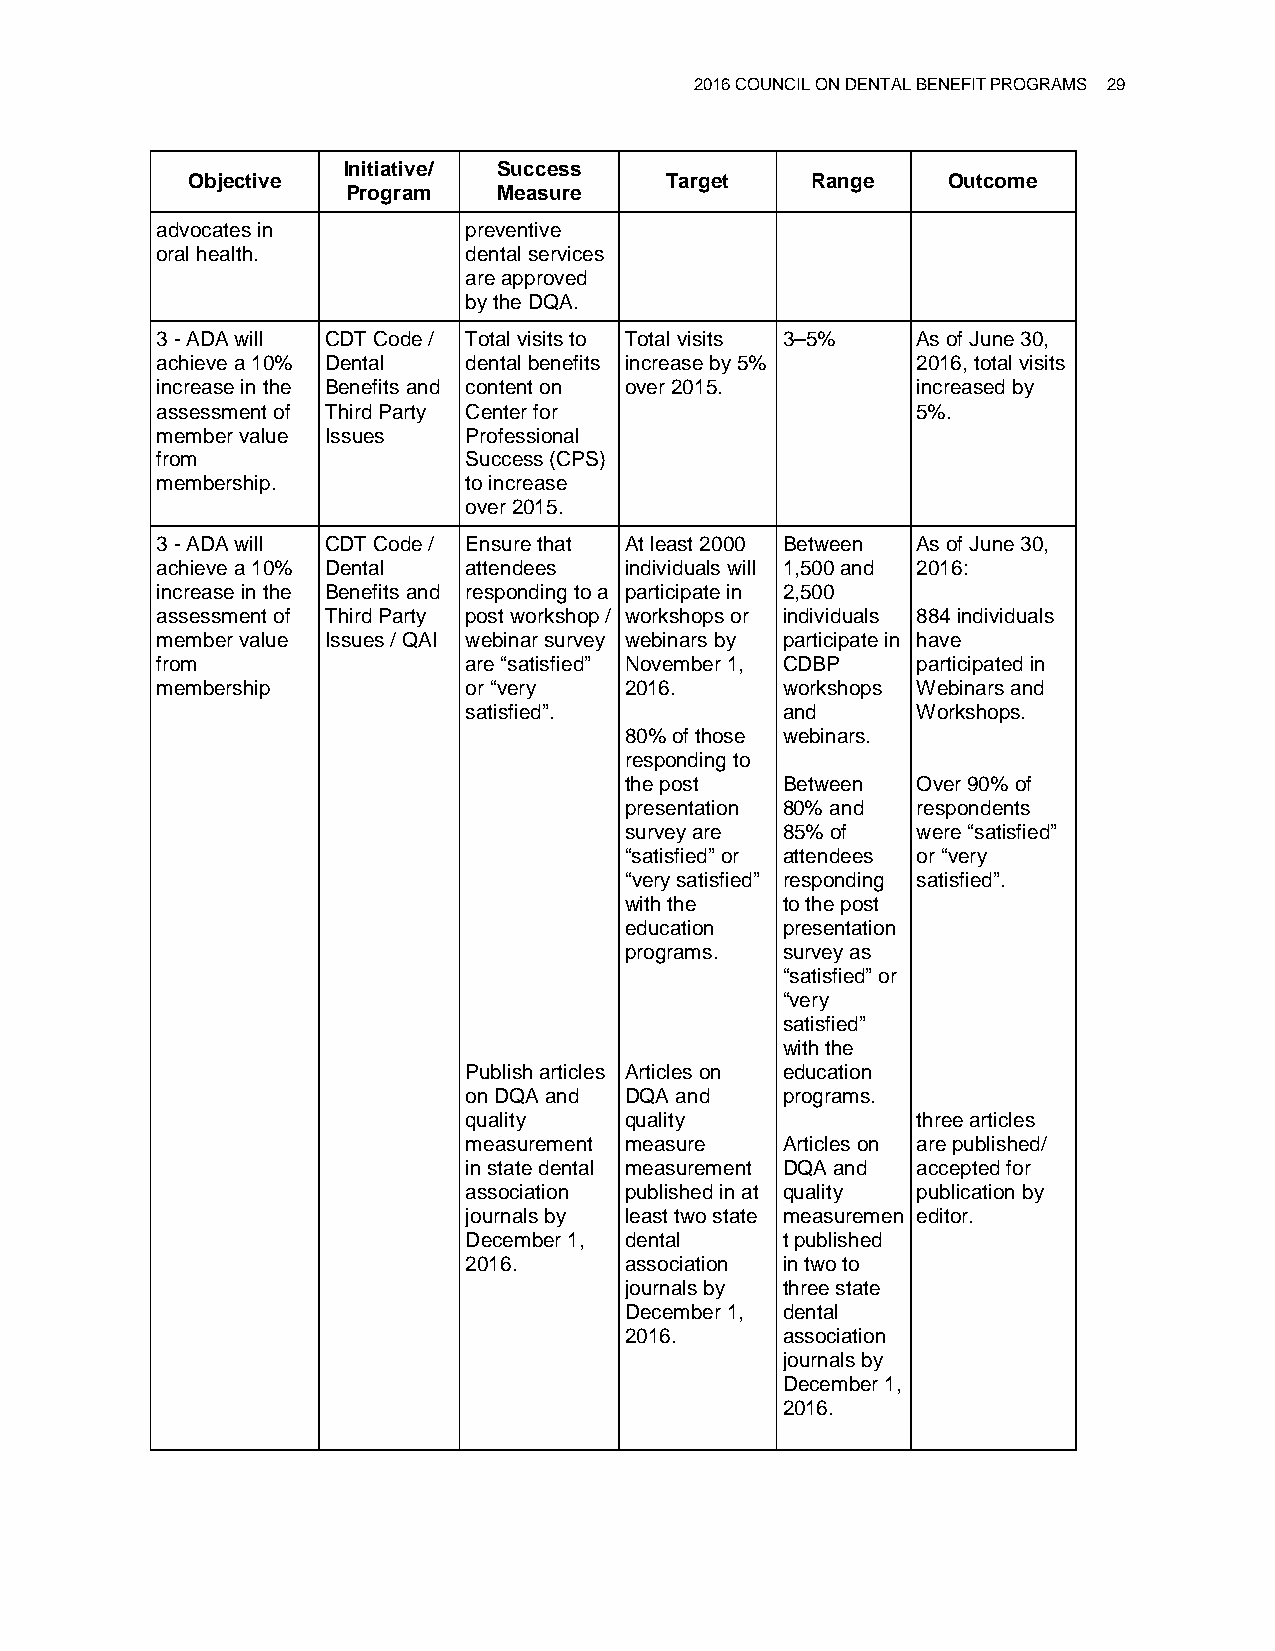
2016 COUNCIL ON DENTAL BENEFIT PROGRAMS 29
 Initiative/ Success
 Objective                       Target    Range    Outcome
 Program   Measure
 advocates in         preventive
 oral health.         dental services
 are approved
 by the DQA.
 3 - ADA will CDT Code / Total visits to Total visits 3–5% As of June 30,
 achieve a 10% Dental dental benefits increase by 5% 2016, total visits
 increase in the Benefits and content on over 2015. increased by
 assessment of Third Party Center for               5%.
 member value Issues  Professional
 from                 Success (CPS)
 membership.          to increase
 over 2015.
 3 - ADA will CDT Code / Ensure that At least 2000 Between As of June 30,
 achieve a 10% Dental attendees individuals will 1,500 and 2016:
 increase in the Benefits and responding to a participate in 2,500
 assessment of Third Party post workshop / workshops or individuals 884 individuals
 member value Issues / QAI webinar survey webinars by participate in have
 from                 are “satisfied” November 1, CDBP participated in
 membership           or “very  2016.      workshops Webinars and
 satisfied”.          and      Workshops.
 80% of those webinars.
 responding to
 the post   Between  Over 90% of
 presentation 80% and respondents
 survey are 85% of   were “satisfied”
 “satisfied” or attendees or “very
 “very satisfied” responding satisfied”.
 with the   to the post
 education  presentation
 programs.  survey as
 “satisfied” or
 “very
 satisfied”
 with the
 Publish articles Articles on education
 on DQA and DQA and   programs.
 quality   quality             three articles
 measurement measure  Articles on are published/
 in state dental measurement DQA and accepted for
 association published in at quality publication by
 journals by least two state measuremen editor.
 December 1, dental   t published
 2016.     association in two to
 journals by three state
 December 1, dental
 2016.      association
 journals by
 December 1,
 2016.